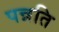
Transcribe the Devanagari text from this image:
पन्नति